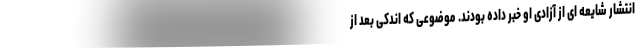
انتشار شایعه ای از آزادی او خبر داده بودند. موضوعی که اندکی بعد از